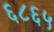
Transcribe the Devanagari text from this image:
६८६५